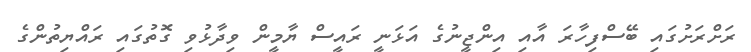
ރަށްރަށުގައި ބޭސްފިހާރަ އާއި އިންޖީނުގެ އަޅަނީ ރައީސް ޔާމީން ވިދާޅުވި ގޮތުގައި ރައްޔިތުންގެ